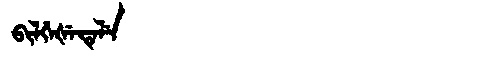
Manchu: ᠪᡳᠯᡤᡝᡧᡝᡨᡝᠯᡝ
Romanization: BILGEŠETELE